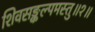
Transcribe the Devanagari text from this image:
शिवसङ्कल्पमस्तु॥१॥